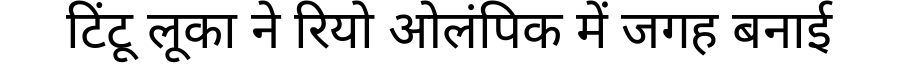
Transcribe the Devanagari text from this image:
टिंटू लूका ने रियो ओलंपिक में जगह बनाई